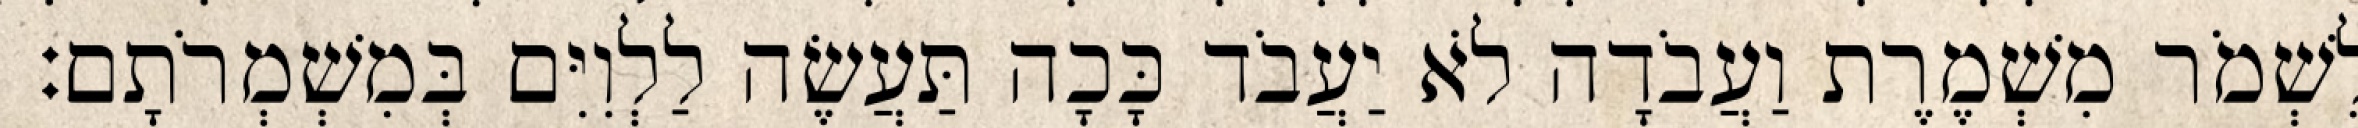
לִשְׁמֹר מִשְׁמֶרֶת וַעֲבֹדָה לֹא יַעֲבֹד כָּכָה תַּעֲשֶׂה לַלְוִיִּם בְּמִשְׁמְרֹתָם׃